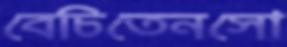
বেচিতেনসো